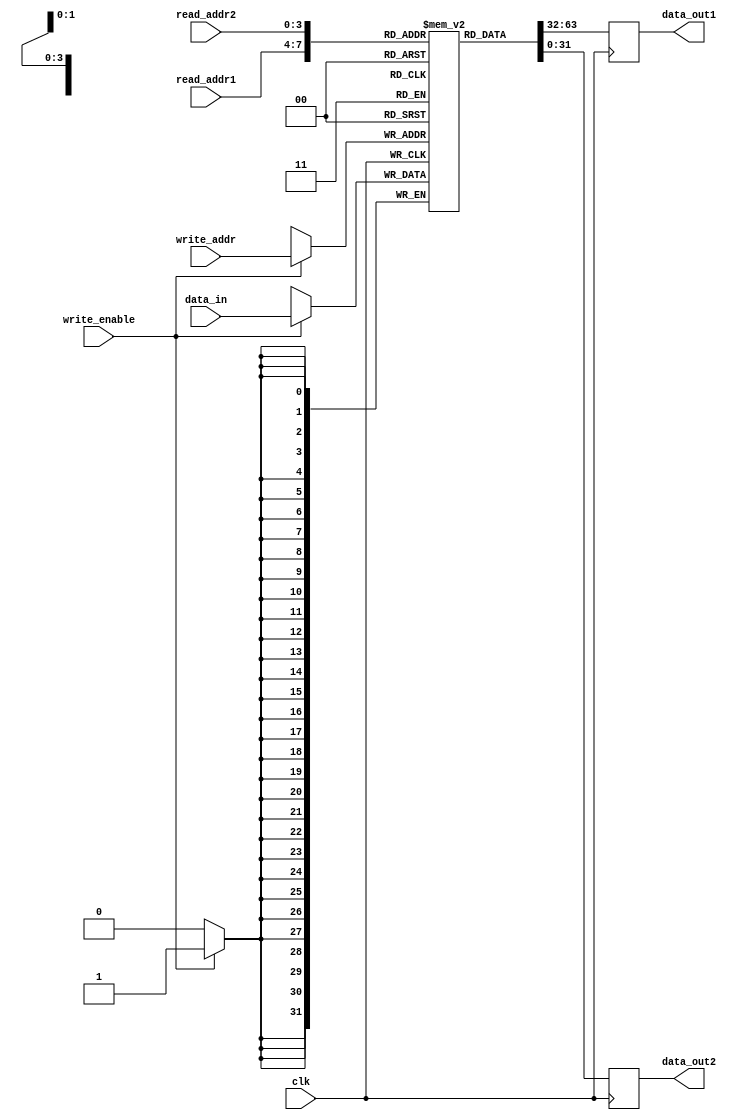
module register_file (
    input wire clk,             //clock signal
    input wire [3:0] read_addr1, //address of register for reading
    input wire [3:0] read_addr2,
    input wire [3:0] write_addr,
    input wire write_enable,    //enable signal for writing
    input wire [31:0] data_in,  //input data to be written to register
    output reg [31:0] data_out1, //data read from register 1
    output reg [31:0] data_out2  //data read from register 2
);

reg [31:0] registers [15:0];

always @(posedge clk) begin
    if (write_enable) begin
        registers[write_addr] <= data_in;
    end
    data_out1 <= registers[read_addr1];
    data_out2 <= registers[read_addr2];
end

endmodule